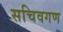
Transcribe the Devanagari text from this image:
सचिवगण